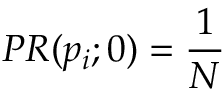
P R ( p _ { i } ; 0 ) = { \frac { 1 } { N } }